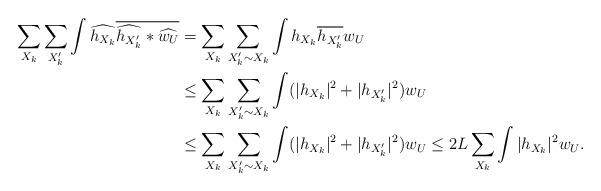
LaTeX: \begin{align*} \sum_{X_k}\sum_{X_k'}\int\widehat{h_{X_k}}\overline{\widehat{h_{X_k'}}*\widehat{w_U}} &= \sum_{X_k}\sum_{X_k'\sim X_k}\int h_{X_k}\overline{h_{X_k'}}w_U\\ &\le \sum_{X_k}\sum_{X_k'\sim X_k}\int (|h_{X_k}|^2+|h_{X_k'}|^2)w_U \\ &\le \sum_{X_k}\sum_{X_k'\sim X_k}\int (|h_{X_k}|^2+|h_{X_k'}|^2)w_U\le 2L\sum_{X_k}\int|h_{X_k}|^2w_U. \end{align*}